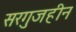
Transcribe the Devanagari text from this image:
सरगुजहीन